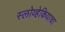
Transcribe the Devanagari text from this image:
स्लोव्हेकियाचा